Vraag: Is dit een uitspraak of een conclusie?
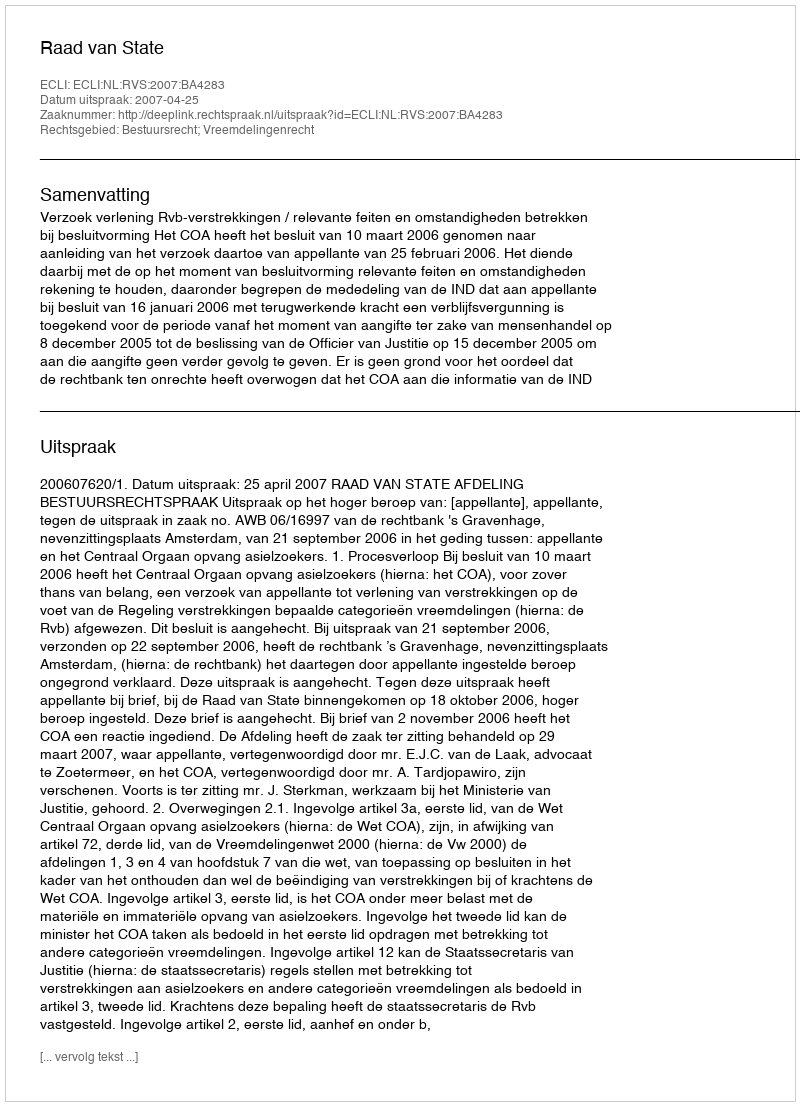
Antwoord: Uitspraak